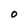
Character: O